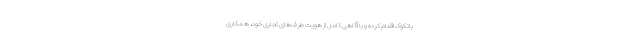
بانکوک اقدام کرده و با آگاهی کامل از هویت طرف‌های تجاری خود، همکاری